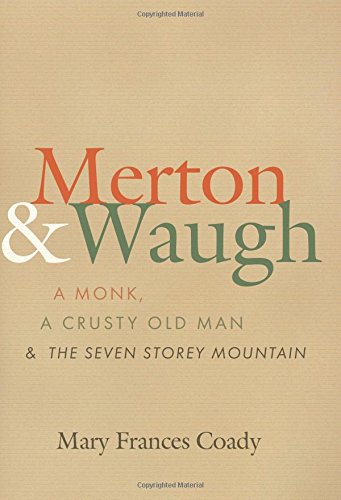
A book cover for Merton and Waugh: A Monk, A Crusty Old Man, and The Seven Storey Mountain; Mary Frances Coady; Christian Books & Bibles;